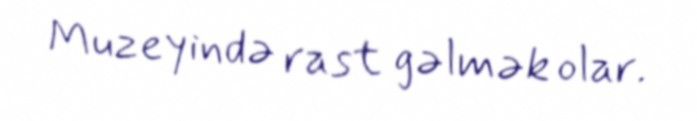
Muzeyində rast gəlmək olar.